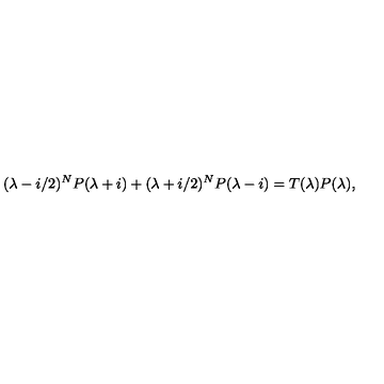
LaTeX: ( \lambda - i / 2 ) ^ { N } P ( \lambda + i ) + ( \lambda + i / 2 ) ^ { N } P ( \lambda - i ) = T ( \lambda ) P ( \lambda ) ,